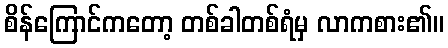
စိန်ကြောင်ကတော့ တစ်ခါတစ်ရံမှ လာကစား၏။